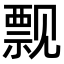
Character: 𫌬